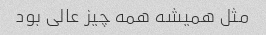
مثل همیشه همه چیز عالی بود